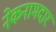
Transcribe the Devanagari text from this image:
नेकनामदार